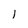
Character: 1